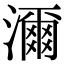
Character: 濔